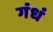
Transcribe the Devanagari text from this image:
गंधं